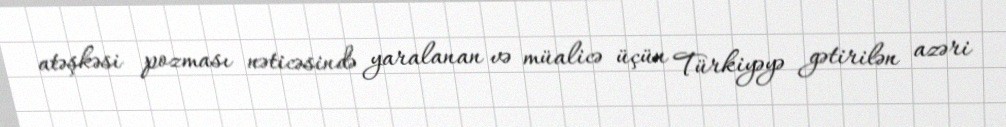
atəşkəsi pozması nəticəsində yaralanan və müalicə üçün Türkiyəyə gətirilən azəri